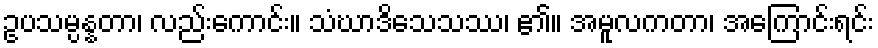
ဥပသမ္ပန္နတာ၊ လည်းကောင်း။ သံဃာဒိသေသဿ၊ ၏။ အမူလကတာ၊ အကြောင်းရင်း